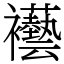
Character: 襼